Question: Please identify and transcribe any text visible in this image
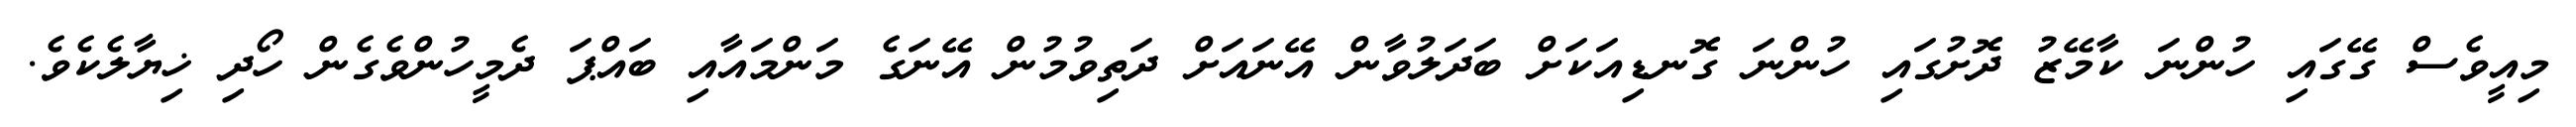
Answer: މިއީވެސް ގޭގައި ހުންނަ ކާމޭޒު ދޮށުގައި ހުންނަ ގޮނޑިއަކަށް ބަދަލުވާން އޭނައަށް ދަތިވުމުން އޭނަގެ މަންމައާއި ބައްޕަ ދެމީހުންވެގެން ހޯދި ޚިޔާލެކެވެ.